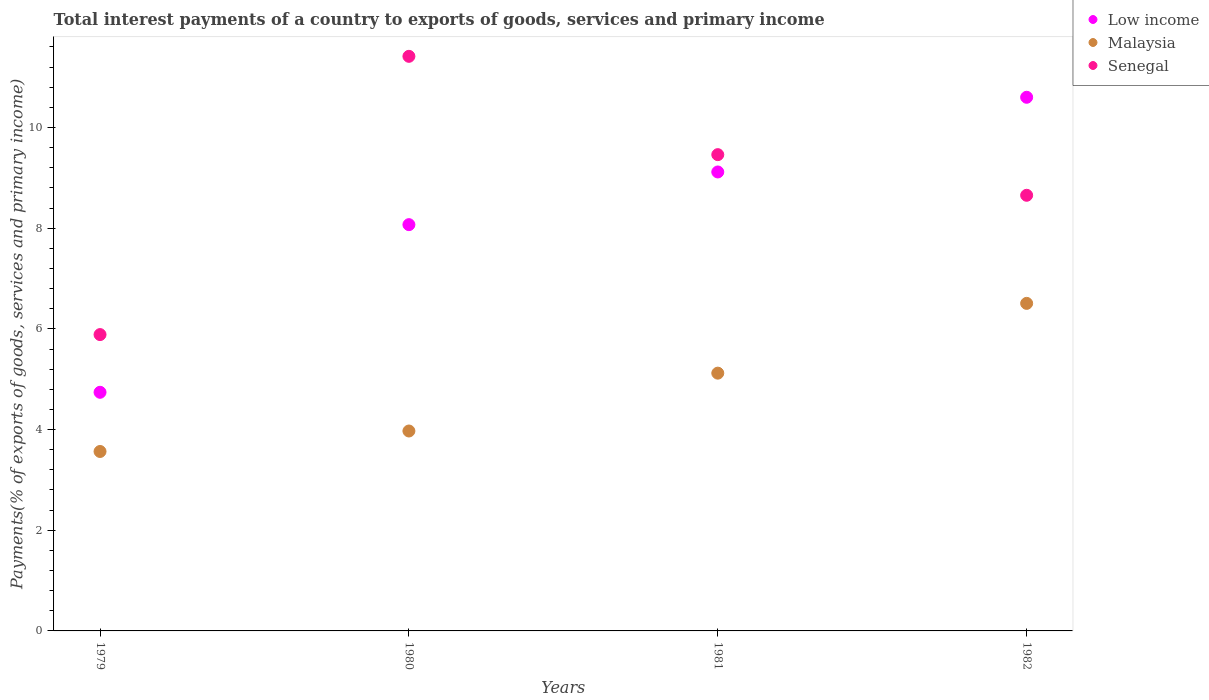
| Years | Low income | Malaysia | Senegal |
 | --- | --- | --- | --- |
 | 1979 | 4.74 | 3.56 | 5.89 |
 | 1980 | 8.07 | 3.97 | 11.4 |
 | 1981 | 9.12 | 5.12 | 9.46 |
 | 1982 | 10.6 | 6.51 | 8.65 |